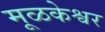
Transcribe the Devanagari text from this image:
मूळकेश्वर